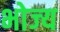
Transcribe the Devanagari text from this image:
भोज्‍य